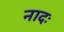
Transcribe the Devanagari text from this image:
नादः